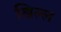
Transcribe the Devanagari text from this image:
खिल्ल